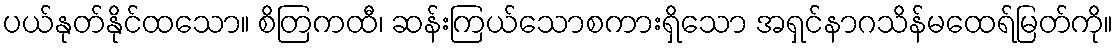
ပယ်နုတ်နိုင်ထသော။ စိတြကထီ၊ ဆန်းကြယ်သောစကားရှိသော အရှင်နာဂသိန်မထေရ်မြတ်ကို။